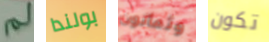
لم بولندا وثمانون تكون